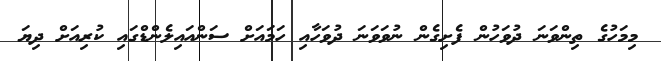
މިމަހުގެ ތިންވަނަ ދުވަހުން ފެށިގެން ނުވަވަނަ ދުވަހާއި ހަމައަށް ސަންއައިލެންޑްގައި ކުރިއަށް ދިޔަ